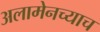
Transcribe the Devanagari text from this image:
अलामेनच्याच